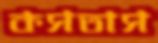
কসতাস